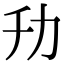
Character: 㔓